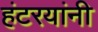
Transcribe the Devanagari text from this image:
हंटरयांनी